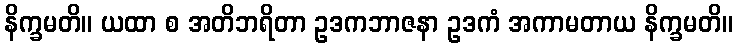
နိက္ခမတိ။ ယထာ စ အတိဘရိတာ ဥဒကဘာဇနာ ဥဒကံ အကာမတာယ နိက္ခမတိ။